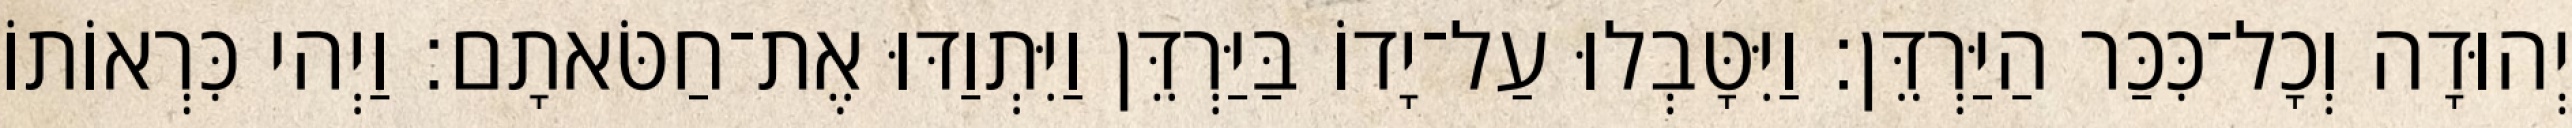
יְהוּדָה וְכָל־כִּכַּר הַיַּרְדֵּן׃ וַיִּטָּבְלוּ עַל־יָדוֹ בַּיַּרְדֵּן וַיִּתְוַדּוּ אֶת־חַטֹּאתָם׃ וַיְהי כִּרְאוֹתוֹ